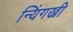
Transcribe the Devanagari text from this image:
न्यिंगख्री